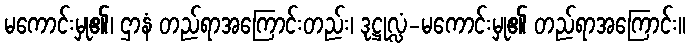
မကောင်းမှု၏၊ ဌာနံ တည်ရာအကြောင်းတည်း၊ ဒုဋ္ဌုလ္လံ-မကောင်းမှု၏ တည်ရာအကြောင်း။